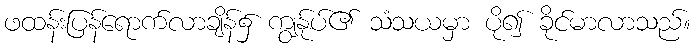
ဖထန်းပြန်ရောက်လာချိန်၌ ကျွန်ုပ်၏ သံသယမှာ ပို၍ ခိုင်မာလာသည်။